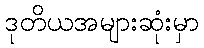
ဒုတိယအများဆုံးမှာ